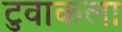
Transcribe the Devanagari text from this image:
टुवाकला